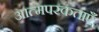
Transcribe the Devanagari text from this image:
आत्मपरकताएँ